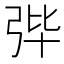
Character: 𪪼